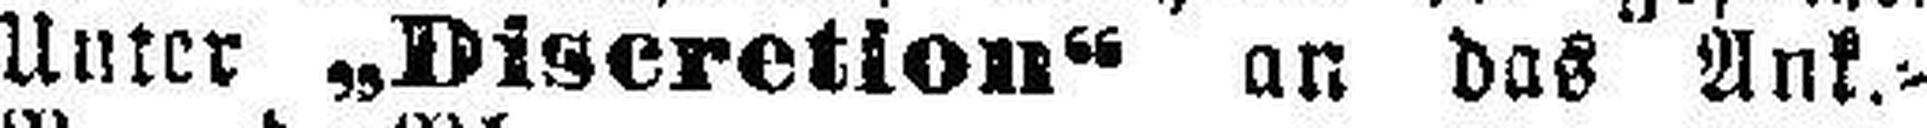
Unter „Discretion“ an das Ank.=